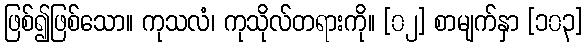
ဖြစ်၍ဖြစ်သော။ ကုသလံ၊ ကုသိုလ်တရားကို။ [၀၂] စာမျက်နှာ [၁၀၃]